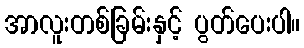
အာလူးတစ်ခြမ်းနှင့် ပွတ်ပေးပါ။